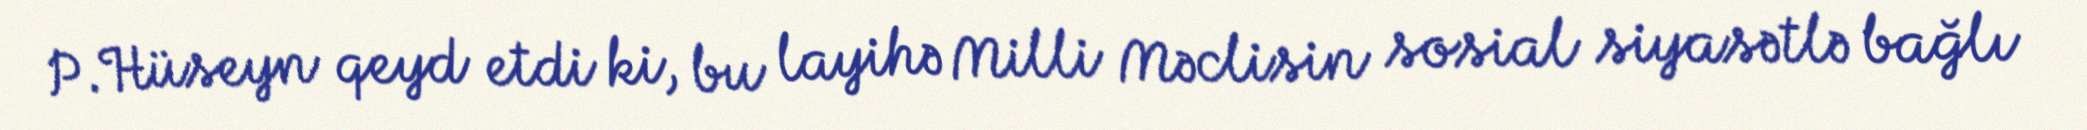
P.Hüseyn qeyd etdi ki, bu layihə Milli Məclisin sosial siyasətlə bağlı